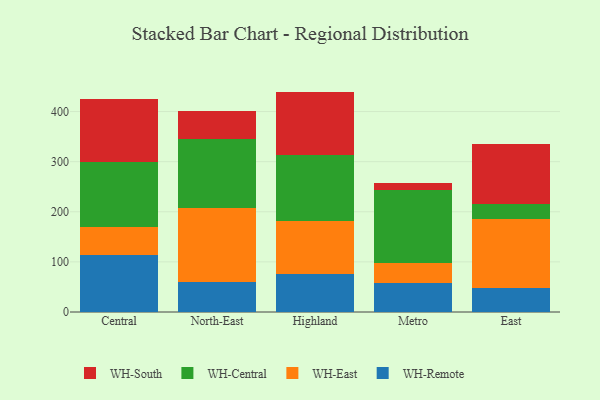
{"axis": {"x": "Region", "y": "Tickets Resolved"}, "legend": ["WH-Central", "WH-East", "WH-Remote", "WH-South"], "data": [{"x": "Central", "y": 114.6, "type": "WH-Remote"}, {"x": "Central", "y": 54.4, "type": "WH-East"}, {"x": "Central", "y": 131.2, "type": "WH-Central"}, {"x": "Central", "y": 124.8, "type": "WH-South"}, {"x": "North-East", "y": 59.1, "type": "WH-Remote"}, {"x": "North-East", "y": 148.8, "type": "WH-East"}, {"x": "North-East", "y": 136.5, "type": "WH-Central"}, {"x": "North-East", "y": 55.8, "type": "WH-South"}, {"x": "Highland", "y": 76.6, "type": "WH-Remote"}, {"x": "Highland", "y": 104.7, "type": "WH-East"}, {"x": "Highland", "y": 132.2, "type": "WH-Central"}, {"x": "Highland", "y": 126.3, "type": "WH-South"}, {"x": "Metro", "y": 57.7, "type": "WH-Remote"}, {"x": "Metro", "y": 39.7, "type": "WH-East"}, {"x": "Metro", "y": 146.1, "type": "WH-Central"}, {"x": "Metro", "y": 14.7, "type": "WH-South"}, {"x": "East", "y": 48.3, "type": "WH-Remote"}, {"x": "East", "y": 137.3, "type": "WH-East"}, {"x": "East", "y": 30.3, "type": "WH-Central"}, {"x": "East", "y": 119.0, "type": "WH-South"}]}